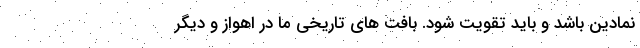
نمادین باشد و باید تقویت شود. بافت های تاریخی ما در اهواز و دیگر